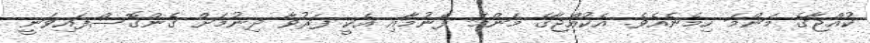
ކުއްޖާގެ މަންމަ ހިމެނެއެވެ. އެކުއްޖާގެ މަންމަ ފެނުމާއި އެކީ ފަރުވާ ދިނުމަށް ގެންގޮސްފައިވަނީ